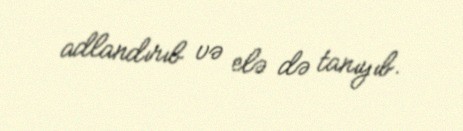
adlandırıb və elə də tanıyıb.